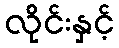
လိုင်းနှင့်